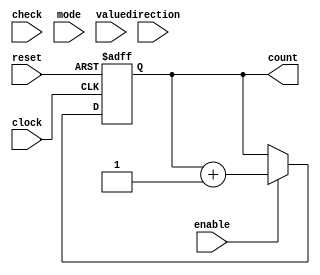
////////////////////////////////////////////////////////////////////////////////////////////////////////////////////////
//
// Version:     2 (28 March 2017)
// Description: A 16-bit synchronous FSM as a starting point for Project 3.
//              Requires separate keypress state machine by T. Martin
//
////////////////////////////////////////////////////////////////////////////////////////////////////////////////////////

module fsm16bit(clock, reset, enable, check, mode, direction, value, count);
	input         clock;
	input         reset;
	input         enable;
	input         check;
	input         mode;
	input         direction;
	input   [3:0] value;
	output [15:0] count;

	reg    [15:0] counter_state;
	
	
// STATE MACHINE: This always block represents sequential logic, so it uses non-blocking assignments.
// It is sensitized to appropriate edges of the clock input and the clear input.
// You should picture this always block as a 16-bit register with an active-low asynchronous clear, plus the
// logic needed to derive the correct next state from the present state and the inputs.

	always @(posedge clock or negedge reset) begin

	// If a negative edge occured on reset, then reset must equal 0.
	// Since the effect of the reset occurs in the absence of a clock edge, this reset is ASYNCHRONOUS.
	// Release reset to permit synchronous behavior of the counter.

		if(reset == 1'b0)
			counter_state <= 16'b0;
	
	// THE CURRENT IMPLEMENTATION OF THE STATE MACHINE IS INCOMPLETE.
	// IN ITS CURRENT FORM, THE STATE MACHINE ALWAYS INCREMENTS THE STATE BY 1 ON CLOCK EDGES WHERE ENABLE IS ASSERTED.
	// MODIFY THIS SECTION TO REPRESENT THE DESIRED COUNTER LOGIC.
	// INCLUDE COMMENTS TO DESCRIBE HOW YOUR STATE MACHINE WORKS. DELETE THESE COMMENTS IN CAPS.

	// If reset is not 0 but this always block is executing anyway, there must have been a positive clock edge.
	// On each positive clock edge where enable is asserted, update the counter state based on the counter state
	//	and the values of check, mode, direction, and value.
		
		else if(enable) begin
		   counter_state <= counter_state + 16'b1;
		end
	end
	
// OUTPUT MACHINE: Since the output is always the same as the FSM state, assign the present state to the output.
// The output machine is combinational logic. A continuous assignment represents combinational logic.
// In a more complex FSM, the output machine would have consisted of an always block.
// Since the output machine represents combinational logic, this always block would have used blocking assignments.

// You should not need to modify this continuous assignment. 
// Changing counter_state in the state machine will change the output machine directly.

	assign count = counter_state; 

endmodule